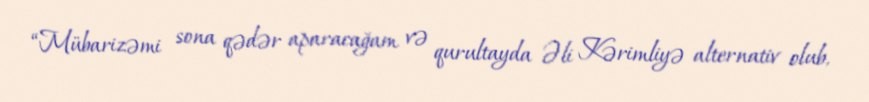
“Mübarizəmi sona qədər aparacağam və qurultayda Əli Kərimliyə alternativ olub,